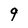
Character: g